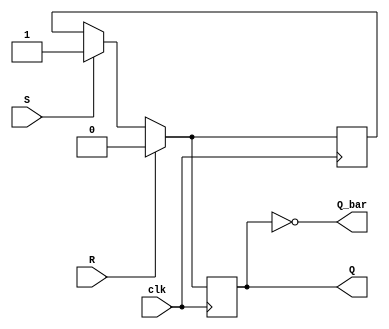
module sr_flip_flop(
    input S,    // Set input
    input R,    // Reset input
    input clk,  // Clock input
    output reg Q,    // Output state
    output reg Q_bar // Complement of the output state
);

reg master_latch, slave_latch;

always @(posedge clk) begin
    // Master latch logic
    if(R) begin
        master_latch <= 0;
    end else if(S) begin
        master_latch <= 1;
    end
    
    // Slave latch logic
    if(R) begin
        slave_latch <= 0;
    end else if(S) begin
        slave_latch <= 1;
    end else begin
        slave_latch <= master_latch;
    end
end

assign Q = slave_latch;
assign Q_bar = ~slave_latch;

endmodule